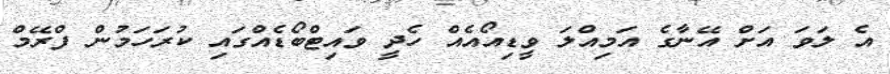
އެ ލަވަ އަށް އޭނާގެ އަމިއްލަ ވީޑިއޯއެއް ހެދީ ވައިޓްބޯޑެއްގައި ކުރަހަމުން ފްރޭމް